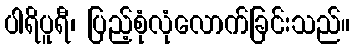
ပါရိပူရီ၊ ပြည့်စုံလုံလောက်ခြင်းသည်။